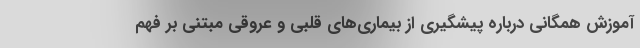
آموزش همگانی درباره پیشگیری از بیماری‌های قلبی و عروقی مبتنی بر فهم